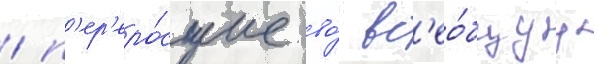
/ п'ер'еро́сшие во́ вс'ео́бщуу